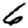
Digit: 6